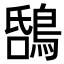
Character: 𪁝